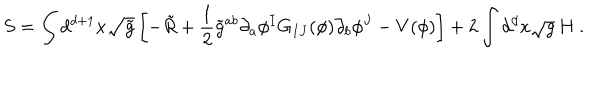
S = \int d ^ { d + 1 } x \sqrt { \tilde { g } } \left[ - \tilde { R } + \frac 1 2 \tilde { g } ^ { a b } \partial _ { a } \phi ^ { I } G _ { I J } ( \phi ) \partial _ { b } \phi ^ { J } - V ( \phi ) \right] + 2 \int d ^ { d } x \sqrt { g } \, H ~ .